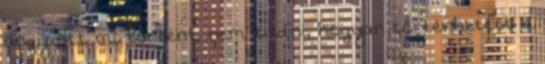
hogy ott mi történt, nem tudni, hogyan történhetett a